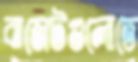
বাজেটগুলোতে